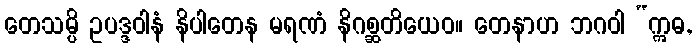
တေသမ္ပိ ဥပဒ္ဒဝါနံ နိပါတေန မရဏံ နိဂစ္ဆတိယေဝ။ တေနာဟ ဘဂဝါ “ဣဓ,